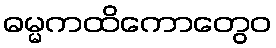
ဓမ္မကထိကောတွေဝ